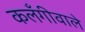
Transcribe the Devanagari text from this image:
कलँगीवाले